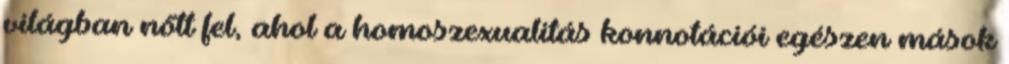
világban nőtt fel, ahol a homoszexualitás konnotációi egészen mások